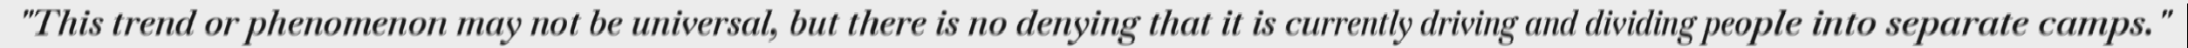
"This trend or phenomenon may not be universal, but there is no denying that it is currently driving and dividing people into separate camps."